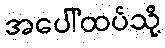
အပေါ်ထပ်သို့